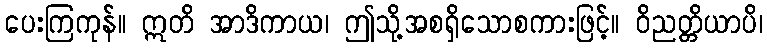
ပေးကြကုန်။ ဣတိ အာဒိကာယ၊ ဤသို့အစရှိသောစကားဖြင့်။ ဝိညတ္တိယာပိ၊